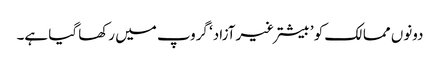
دونوں ممالک کو ’بیشترغیرآزاد‘ گروپ میں رکھا گیا ہے۔